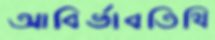
আবির্ভাবতিথি